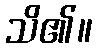
သိ၏။